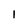
Character: 1